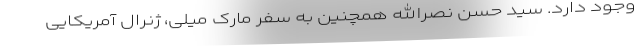
وجود دارد. سید حسن نصرالله همچنین به سفر مارک میلی، ژنرال آمریکایی